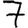
Digit: 7